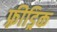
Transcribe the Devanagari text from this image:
फ़्रीड्रिक